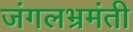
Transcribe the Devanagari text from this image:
जंगलभ्रमंती